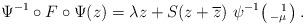
LaTeX: \begin{align*}\Psi^{-1}\circ F\circ \Psi(z)=\lambda z +S(z+\overline{z}) ~\psi^{-1}\!\left(\begin{smallmatrix}~~1 \\ -\mu\end{smallmatrix}\right).\end{align*}